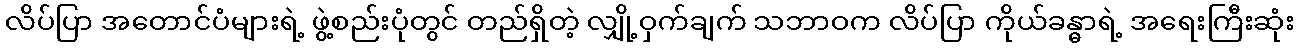
လိပ်ပြာ အတောင်ပံများရဲ့ ဖွဲ့စည်းပုံတွင် တည်ရှိတဲ့ လျှို့ဝှက်ချက် သဘာဝက လိပ်ပြာ ကိုယ်ခန္ဓာရဲ့ အရေးကြီးဆုံး